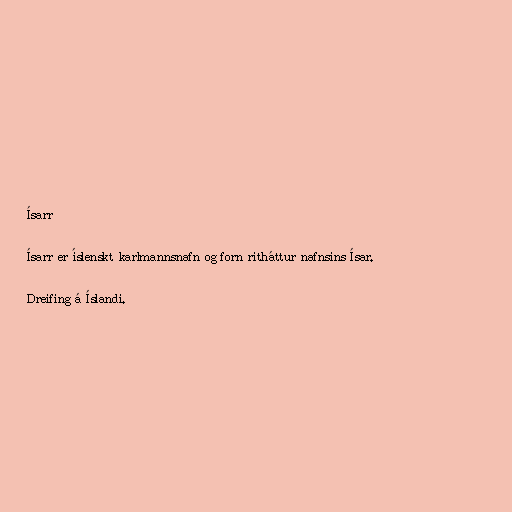
Ísarr

Ísarr er íslenskt karlmannsnafn og forn ritháttur nafnsins Ísar.

Dreifing á Íslandi.